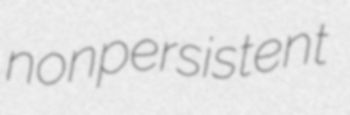
nonpersistent